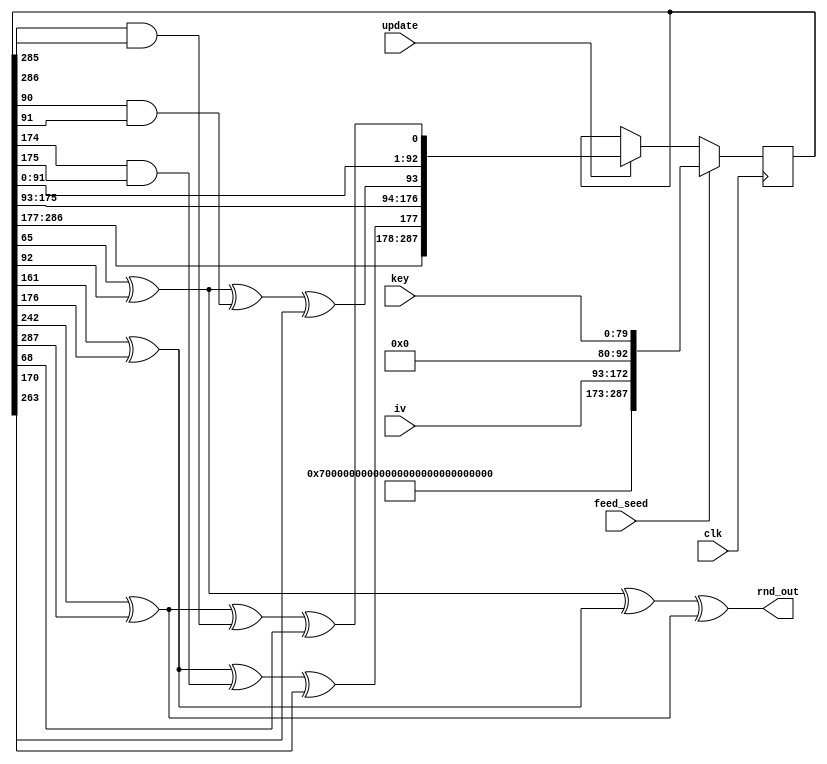
// SPDX-FileCopyrightText: SIMPLE-Crypto Contributors <info@simple-crypto.dev>
// SPDX-License-Identifier: CERN-OHL-S-2.0
// Copyright SIMPLE-Crypto Contributors.
// This source describes Open Hardware and is licensed under the CERN-OHL-S v2.
// You may redistribute and modify this source and make products using it under
// the terms of the CERN-OHL-S v2 (https://ohwr.org/cern_ohl_s_v2.txt ).
// This source is distributed WITHOUT ANY EXPRESS OR IMPLIED WARRANTY, INCLUDING
// OF MERCHANTABILITY, SATISFACTORY QUALITY AND FITNESS FOR A PARTICULAR PURPOSE.
// Please see the CERN-OHL-S v2 for applicable conditions.
// Source location: https://github.com/simple-crypto/SMAesH
// As per CERN-OHL-S v2 section 4, should You produce hardware based
// on this source, You must where practicable maintain the Source Location
// visible on the external case of any product you make using this source.

// This is a simple implementation of the trivium cipher, unrolled to shift by RND per cycle.
// No nonce/key handling, it should be initialized either:
// - with full 288 bit entropy 
// - with enough entropy, then shifted enough without using the output to
// properly initialize the state (we recommend 4*288 shifts, as in the original trivium).
module trivium_prng
#
(
    parameter RND = 1
)
(
    clk,
    // The initial state (seed) is composed of the key and the IV.
    key,
    iv,
    // active high, triggers the load of seed to the state
    // the output is not freshly random at the cycle the state is feeded, nor
    // at the next cycle where update is high, it becomes fresh randomness at
    // the next second cycle where update is high. Bypass update signal if asserted.
    feed_seed,
    // active high,  triggers a shift of the state and update of the output
    update,
    // output randomness, WARNING: glitchy state
    rnd_out
);

`define TRIVINUM_BITS 288

// IO ports
input clk;
input [79:0] key;
input [79:0] iv;
input feed_seed;
input update;
output [RND-1:0] rnd_out;

reg [`TRIVINUM_BITS-1:0] state;
wire [`TRIVINUM_BITS-1:0] new_state;

wire [`TRIVINUM_BITS-1:0] seed;
assign seed[79:0] = key;
assign seed[92:80] = 0;
assign seed[172:93] = iv;
assign seed[284:173] = 0;
assign seed[287:285] = 3'b111;

always @(posedge clk) begin
    if (feed_seed) begin
        state <= seed;    
    end else if (update) begin
        state <= new_state;
    end
end

// Main Trivium shift/update logic logic
genvar i;
generate
for (i=0; i<RND; i=i+1) begin: update_step
    // use 1-based indexing to match spec at
    // https://www.ecrypt.eu.org/stream/p3ciphers/trivium/trivium_p3.pdf
    wire [`TRIVINUM_BITS:1] s, snew;

    if (i == 0) begin
        assign s = state;
    end else begin
        assign s = update_step[i-1].snew;
    end

    wire [3:1] t;
    assign t[1] = s[66] ^ s[93];
    assign t[2] = s[162] ^ s[177];
    assign t[3] = s[243] ^ s[288];
    assign rnd_out[i] = t[1] ^ t[2] ^ t[3];

    assign snew[1] = t[3] ^ s[286] & s[287] ^ s[69];
    assign snew[93:2] = s[92:1];
    assign snew[94] = t[1] ^ s[91] & s[92] ^ s[171];
    assign snew[177:95] = s[176:94];
    assign snew[178] = t[2] ^ s[175] & s[176] ^ s[264];
    assign snew[288:179] = s[287:178];
end
endgenerate
assign new_state = update_step[RND-1].snew;

endmodule